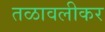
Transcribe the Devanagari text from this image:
तळावलीकर